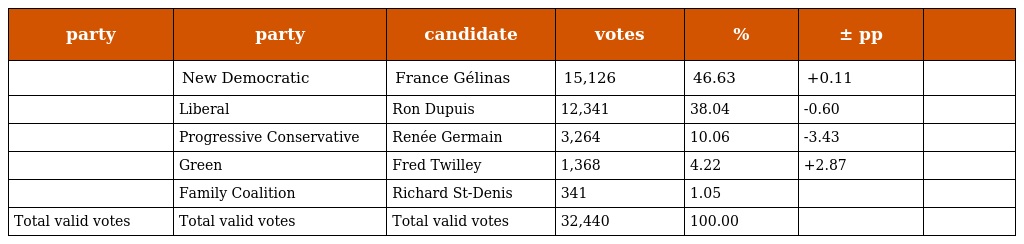
| party | party | candidate | votes | % | ± pp |  |
 | --- | --- | --- | --- | --- | --- | --- |
 |  | New Democratic | France Gélinas | 15,126 | 46.63 | +0.11 |  |
 |  | Liberal | Ron Dupuis | 12,341 | 38.04 | -0.60 |  |
 |  | Progressive Conservative | Renée Germain | 3,264 | 10.06 | -3.43 |  |
 |  | Green | Fred Twilley | 1,368 | 4.22 | +2.87 |  |
 |  | Family Coalition | Richard St-Denis | 341 | 1.05 |  |  |
 | Total valid votes | Total valid votes | Total valid votes | 32,440 | 100.00 |  |  |